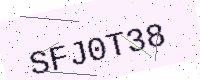
Text: SFJ0T38